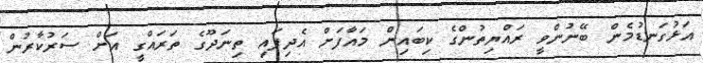
އަޅުގަނޑުމެން ބޭނުންވީ ރައްޔިތުންގެ ކިބައިން މައާފަށް އެދިފައި ތިނަދޫގެ ތަރައްގީ އަށް ސަރުކާރުން